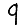
Digit: 9